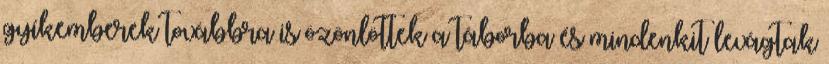
gyíkemberek továbbra is özönlöttek a táborba és mindenkit levágtak